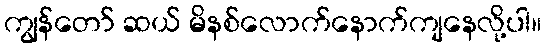
ကျွန်တော် ဆယ် မိနစ်လောက်နောက်ကျနေလို့ပါ။